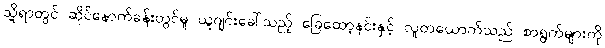
သို့ရာတွင် ဆိုင်နောက်ခန်းတွင်မူ ယူဂျင်းခေါ်သည့် ခြေထော့နင်းနှင့် လူတယောက်သည် စာရွက်များကို